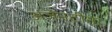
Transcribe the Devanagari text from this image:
अर्जेनटीना